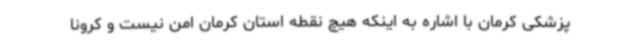
پزشکی کرمان با اشاره به اینکه هیچ نقطه استان کرمان امن نیست و کرونا